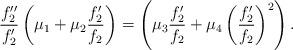
LaTeX: \begin{align*}\frac{f_{2}^{\prime \prime }}{f_{2}^{\prime }}\left( \mu _{1}+\mu _{2}\frac{f_{2}^{\prime }}{f_{2}}\right) =\left( \mu _{3}\frac{f_{2}^{\prime }}{f_{2}}+\mu _{4}\left( \frac{f_{2}^{\prime }}{f_{2}}\right) ^{2}\right) . \end{align*}